Indian journal of veterinary science and animal husbandry - Volumes 22-23, 1952-1953
Year: 1952
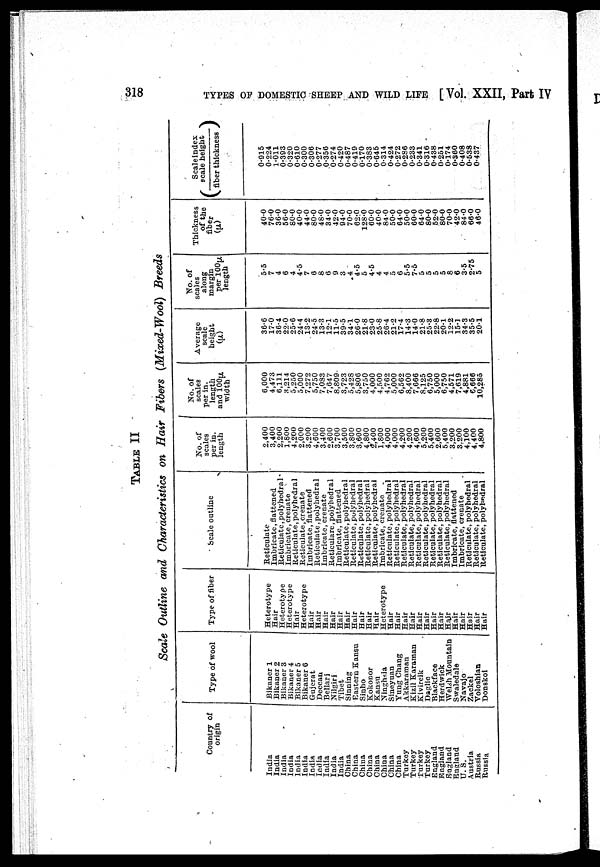
318
TYPES OF DOMESTIC SHEEP, AND WILD LIFE [ Vol. XXII, Part IV
TABLE II
Scale Outline and Characteristics on Hair Fibers (Mixed-Wool) Breeds
Country of
origin
India
India
India
India
India
India
India
India
India
India
India
China
China
China
China
China
China
China
China
Turkey
Turkey
Turkey
Turkey
England
England
England
England
U. S.
Austria
Russia
Russia
Type of wool
Bikaner 1
Bikaner 2
Bikaner 3
Bikaner 4
Bikaner 5
Bikaner 6
Gujerat
Deccan
Bellari
Nilgiri
Tibet
Sinning
Eastern Kansu
Sinho
Kokonor
Kansu
Ninghsia
Sineyuan
Yung Chang
Akkaraman
Kizil Karaman
Kivircik
Daglic
Blackface
Herdwick
Welsh Mountain
Swaledale
Navajo
Zackel
Voloshian
Donskoi
Type of fiber
Heterotype
Hair
Heterotype
Heterotype
Hair
Heterotype
Hair
Hair
Hair
Hair
Hair
Hair
Hair
Hair
Hair
Hair
Heterotype
Hair
Hair
Hair
Hair
Hair
Hair
Hair
Hair
Hair
Hair
Hair
Hair
Hair
Hair
Scale outline
Reticulate
Imbricate, flattened
Reticulate, polyhedral
Imbricate, crenate
Reticulate, polyhedral
Reticulate, crenate
Imbricate, flattered
Reticulate, polyhedral
Imbricate, crenate
Reticulare, polyhedral
Imbricate, flattened
Reticulate, polyhedral
Reticulate, polyhedral
Reticulate, polyhedral
Reticulate, polyhedral
Reticulate, polyhedral
Imbricate, crenate
Reticulate, polyhedral
Reticulate, polyhedral
Reticulate, polyhedral
Reticulate, polyhedral
Reticulate, polyhedral
Reticulate, polyhedral
Reticulate, polyhedral
Reticulate, polyhedral
Reticulate, polyhedral
Imbricate, flattened
Imbricate, crenate
Reticulate, polyhedral
Reticulate, polyhedral
Reticulate, polyhedral
No. of
scales
per in.
length
2,400
3,400
2,200
1,800
4,200
2,000
3,200
4,600
3,400
2,600
3,700
3,500
3,800
3,600
4,800
2,400
1,800
4,000
4,000
4,200
4,200
4,600
5,200
5,400
2,600
5,400
3,200
3,200
4,100
4,400
4,800
No. of
scales
per in.
length
and 100µ
width
6,000
4,473
6,111
3,214
5,250
5,000
7,272
5,750
7,083
7,647
8,809
3,723
5,428
5,806
3,750
4,000
4.500
4,762
5,000
6,562
8,400
7,666
8,125
6,750
5,000
6,750
4,571
7,619
4,881
6,666
10,285
Average
scale
height
(µ)
36.6
17.0
36.4
22.0
25.6
24.4
13.2
24.5
13.3
12.1
11.5
39.5
34.1
26.0
21.8
23.0
25.8
26.4
21.2
17.4
14.3
14.0
21.8
25.3
22.8
20.1
12.2
15.1
34.3
35.5
20.1
No. of
scales
along
margin
per 100µ
length
5.5
7
4
6
4
4.5
7
6
8
6
9
3
4
4.5
5
4.5
4
4
5
6
5.5
7.5
5
5
5
5
8
6
3.5
2.75
5
Thickness
of the
fiber
(µ)
40.0
76.0
36.0
56.0
80.0
40.0
44.0
80.0
48.0
34.0
42.0
94.0
70.0
62.0
128.0
60.0
40.0
84.0
50.0
64.0
50.0
60.0
64.0
80.0
52.0
80.0
70.0
42.0
84.0
66.0
46.0
Scaleindex
(scale
height/
fiber thickness)
0.915
0.224
1.011
0.393
0.320
0.610
0.300
0.306
0.277
0.356
0.274
0.420
0.487
0.419
0.170
0.383
0.645
0.314
0.424
0.272
0.286
0.233
0.341
0.316
0.438
0.251
0.174
0.860
0.408
0.538
0.437